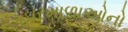
હારમાળાઓનો